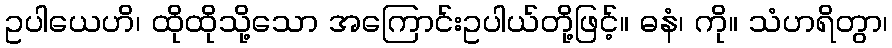
ဥပါယေဟိ၊ ထိုထိုသို့သော အကြောင်းဥပါယ်တို့ဖြင့်။ ဓနံ၊ ကို။ သံဟရိတွာ၊